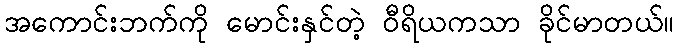
အကောင်းဘက်ကို မောင်းနှင်တဲ့ ဝီရိယကသာ ခိုင်မာတယ်။